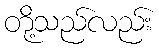
တို့သည်လည်း